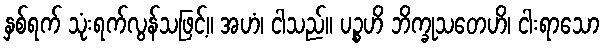
နှစ်ရက် သုံးရက်လွန်သဖြင့်။ အဟံ၊ ငါသည်။ ပဉ္စဟိ ဘိက္ခုသတေဟိ၊ ငါးရာသော